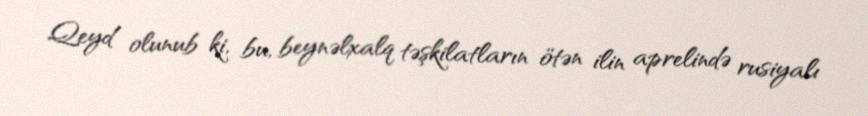
Qeyd olunub ki, bu, beynəlxalq təşkilatların ötən ilin aprelində rusiyalı